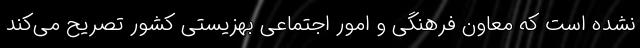
نشده است که معاون فرهنگی و امور اجتماعی بهزیستی کشور تصریح می‌کند